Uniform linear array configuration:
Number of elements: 12
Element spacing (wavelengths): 0.25
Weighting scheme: hamming
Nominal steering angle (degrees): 60
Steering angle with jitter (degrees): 59.199
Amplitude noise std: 0.05
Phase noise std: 0.05

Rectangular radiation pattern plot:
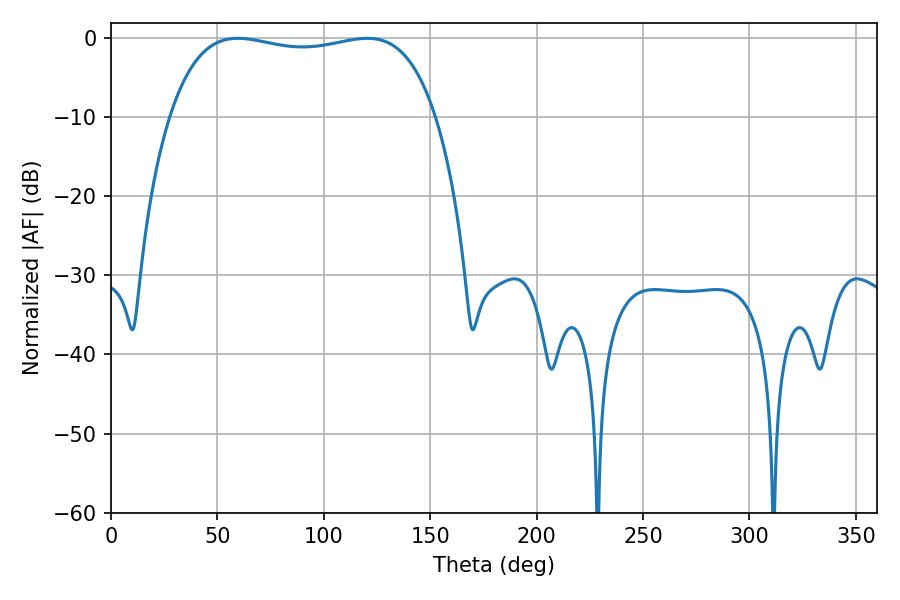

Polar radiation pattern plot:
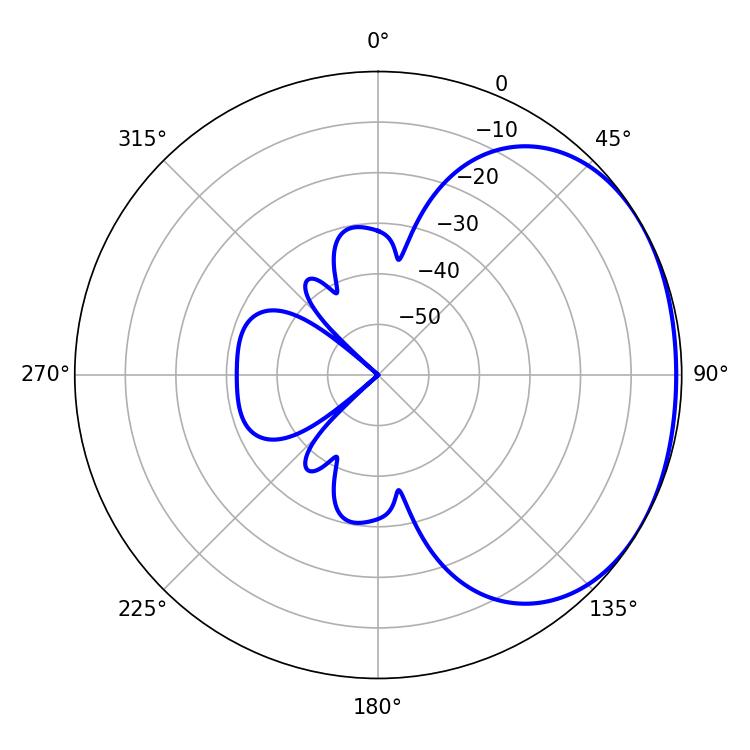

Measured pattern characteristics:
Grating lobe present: FALSE
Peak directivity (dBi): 1.534
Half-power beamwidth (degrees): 100.8
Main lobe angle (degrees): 59.58